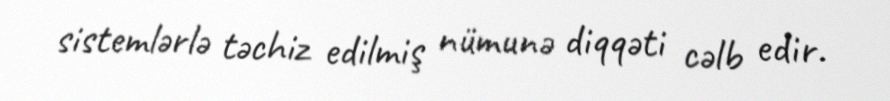
sistemlərlə təchiz edilmiş nümunə diqqəti cəlb edir.